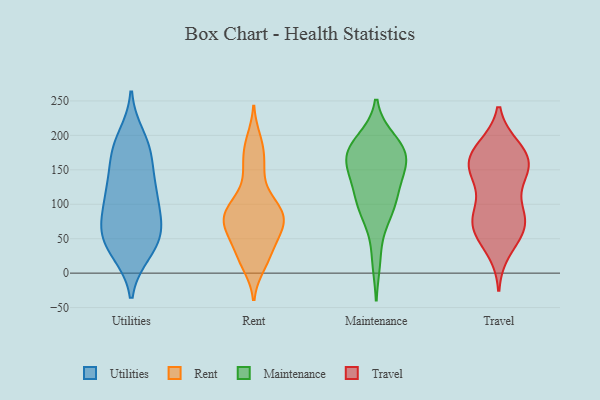
{"axis": {"x": "Gross Profit (USD K)", "y": "Value"}, "legend": ["Maintenance", "Rent", "Travel", "Utilities"], "data": [{"x": "", "y": 198, "type": "Utilities"}, {"x": "", "y": 70, "type": "Utilities"}, {"x": "", "y": 113, "type": "Utilities"}, {"x": "", "y": 111, "type": "Utilities"}, {"x": "", "y": 30, "type": "Utilities"}, {"x": "", "y": 120, "type": "Utilities"}, {"x": "", "y": 165, "type": "Utilities"}, {"x": "", "y": 62, "type": "Utilities"}, {"x": "", "y": 167, "type": "Utilities"}, {"x": "", "y": 185, "type": "Utilities"}, {"x": "", "y": 115, "type": "Utilities"}, {"x": "", "y": 78, "type": "Utilities"}, {"x": "", "y": 58, "type": "Utilities"}, {"x": "", "y": 37, "type": "Utilities"}, {"x": "", "y": 184, "type": "Utilities"}, {"x": "", "y": 30, "type": "Utilities"}, {"x": "", "y": 134, "type": "Utilities"}, {"x": "", "y": 49, "type": "Utilities"}, {"x": "", "y": 73, "type": "Utilities"}, {"x": "", "y": 69, "type": "Rent"}, {"x": "", "y": 194, "type": "Rent"}, {"x": "", "y": 70, "type": "Rent"}, {"x": "", "y": 35, "type": "Rent"}, {"x": "", "y": 87, "type": "Rent"}, {"x": "", "y": 182, "type": "Rent"}, {"x": "", "y": 49, "type": "Rent"}, {"x": "", "y": 27, "type": "Rent"}, {"x": "", "y": 156, "type": "Rent"}, {"x": "", "y": 85, "type": "Rent"}, {"x": "", "y": 104, "type": "Rent"}, {"x": "", "y": 88, "type": "Rent"}, {"x": "", "y": 15, "type": "Rent"}, {"x": "", "y": 83, "type": "Rent"}, {"x": "", "y": 155, "type": "Rent"}, {"x": "", "y": 96, "type": "Rent"}, {"x": "", "y": 61, "type": "Rent"}, {"x": "", "y": 64, "type": "Rent"}, {"x": "", "y": 10, "type": "Rent"}, {"x": "", "y": 120, "type": "Rent"}, {"x": "", "y": 171, "type": "Maintenance"}, {"x": "", "y": 20, "type": "Maintenance"}, {"x": "", "y": 171, "type": "Maintenance"}, {"x": "", "y": 127, "type": "Maintenance"}, {"x": "", "y": 173, "type": "Maintenance"}, {"x": "", "y": 90, "type": "Maintenance"}, {"x": "", "y": 87, "type": "Maintenance"}, {"x": "", "y": 123, "type": "Maintenance"}, {"x": "", "y": 192, "type": "Maintenance"}, {"x": "", "y": 156, "type": "Maintenance"}, {"x": "", "y": 169, "type": "Maintenance"}, {"x": "", "y": 167, "type": "Maintenance"}, {"x": "", "y": 189, "type": "Maintenance"}, {"x": "", "y": 90, "type": "Maintenance"}, {"x": "", "y": 123, "type": "Maintenance"}, {"x": "", "y": 50, "type": "Travel"}, {"x": "", "y": 81, "type": "Travel"}, {"x": "", "y": 165, "type": "Travel"}, {"x": "", "y": 70, "type": "Travel"}, {"x": "", "y": 33, "type": "Travel"}, {"x": "", "y": 172, "type": "Travel"}, {"x": "", "y": 182, "type": "Travel"}, {"x": "", "y": 91, "type": "Travel"}, {"x": "", "y": 62, "type": "Travel"}, {"x": "", "y": 71, "type": "Travel"}, {"x": "", "y": 180, "type": "Travel"}, {"x": "", "y": 148, "type": "Travel"}, {"x": "", "y": 152, "type": "Travel"}, {"x": "", "y": 143, "type": "Travel"}, {"x": "", "y": 94, "type": "Travel"}, {"x": "", "y": 145, "type": "Travel"}, {"x": "", "y": 178, "type": "Travel"}, {"x": "", "y": 144, "type": "Travel"}, {"x": "", "y": 73, "type": "Travel"}]}